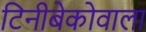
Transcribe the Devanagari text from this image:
टिनीबेकोवाला